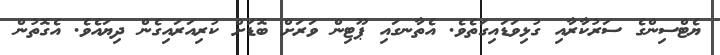
ޔެޓްސިންގެ ސަރުކާރާއި ގުޅިވަޑައިގަތެވެ. އެތާނގައި ޕޫޓިން ވަރަށް ބޮޑަށް ކުރިއަރައިގެން ދިޔައެވެ. އެގޮތުން